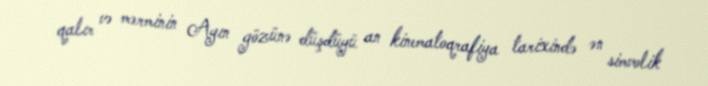
qalır və mərminin Ayın gözünə düşdüyü an kinematoqrafiya tarixində ən simvolik